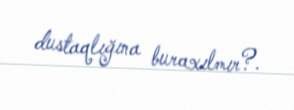
dustaqlığına buraxılmır?.